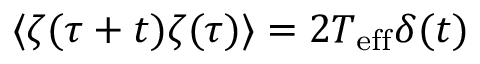
\langle \zeta ( \tau + t ) \zeta ( \tau ) \rangle = 2 T _ { \mathrm { e f f } } \delta ( t )